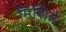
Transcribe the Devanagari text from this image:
मिशिर्त